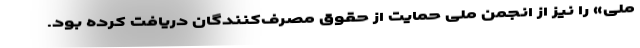
ملی» را نیز از انجمن ملی حمایت از حقوق مصرف‌کنندگان دریافت کرده بود.